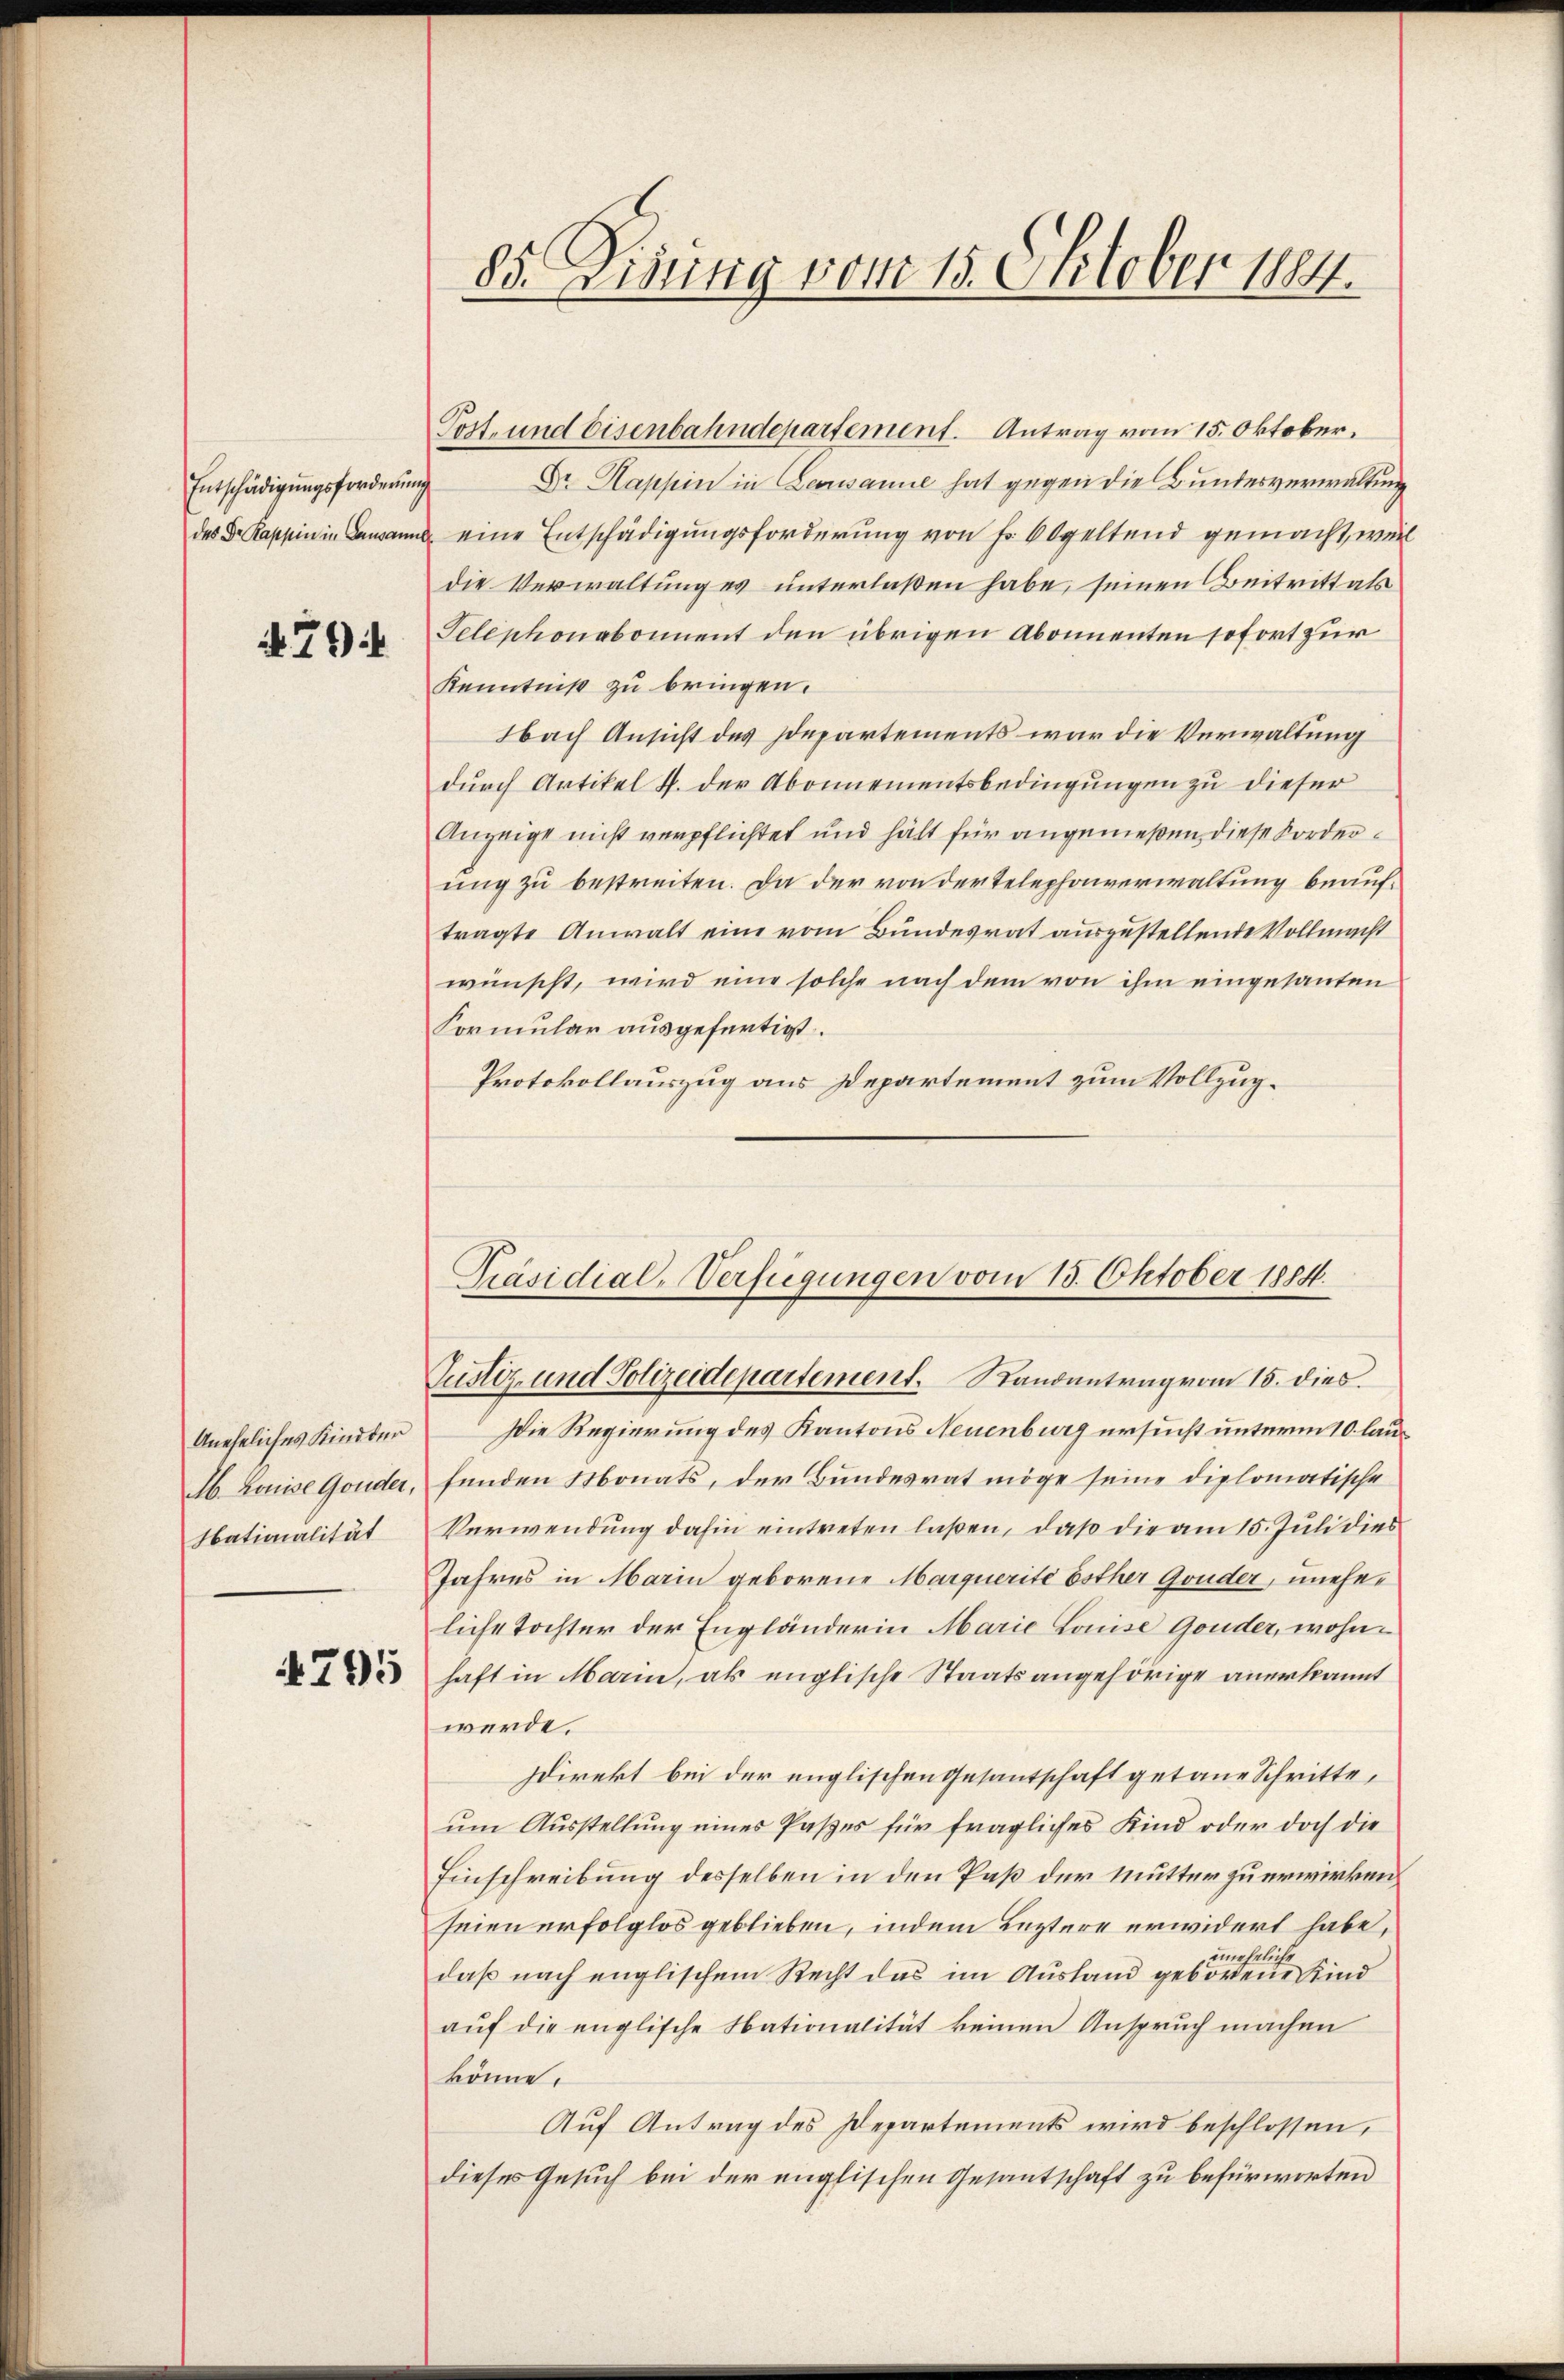
Entschädigungsforderung

79

Aneheliches Kindber
M. Louise Gonder,
Ibationalität

4795

Post- und Eisenbahndepartement. Antrag vom 15. Oktober.
Dr. Kappen in Leousanne hat gegen die Bundesverwaltung
des Dr. Rappen in Bann eine Entschädigungsforderung von Fr. 60 geltend gemacht, weil
die Verwaltung es unterlaßen habe, seinen Beitritt als
Telephonabonnent den übrigen Abonnenten sofort zur
Kenntniß zu bringen.
Nach Ansicht des Departements war die Verwaltung
durch Artikel S. der Abonnementsbedingungen zu dieser
Anzeige nicht verpflichtet und hält für angemeßen, diese Forderung zu bestreiten. Da der von der Telephonverwaltung beauftragte Anwalt eine vom Bundesrat auszustellende Vollmacht
wünscht, wird eine solche nach dem von ihm eingesanten
Formular ausgefertigt.
Protokollauszug aus Departement zum Vollzug¬
Präsidial-Verfügungen vom 15. Oktober 1884.

85. Dietig vom 15. Oktober 1884.

Justiz- und Polizeidepartement. Randantrag vom 15. dies
Die Regierung des Kantons Neuenburg ersucht unterm 10. laufenden Monats, der Bundesrat möge seine diplomatische
Verwendung dahin eintreten laßen, daß die am 15. Juli dies
Jahres in Marin geborene Marquerité esther Gruder, uneheliche Tochter der Engländerin Marie Louise Gruder, wohnhaft in Marin, als englische Staatsangehörige anerkannt
werde.
Direkt bei der englischen Gesantschaft getane Schritte,
um Ausstellung eines Patzes für fragliches Kind oder doch die
Einschreibung desselben in den Paß der Mutter zu erwirken.
seien erfolglos geblieben, indem Leztere erwidert habe,
un
belieh
daß nach englischem Recht das im Ausland geborene Kind
aŭf die englische Nationalität keinen Anspruch machen
könne.
Auf Antrag des Departements wird beschlossen,
dieses Gesuch bei der englischen Gesantschaft zu befürworten